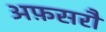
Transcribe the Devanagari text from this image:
अफ़सरौं